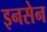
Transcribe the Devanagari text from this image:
इनसेन